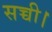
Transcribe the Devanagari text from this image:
सच्ची।